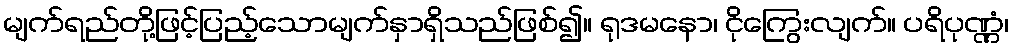
မျက်ရည်တို့ဖြင့်ပြည့်သောမျက်နှာရှိသည်ဖြစ်၍။ ရုဒမနော၊ ငိုကြွေးလျက်။ ပရိပုဏ္ဏံ၊